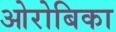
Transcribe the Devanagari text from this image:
ओरोबिका